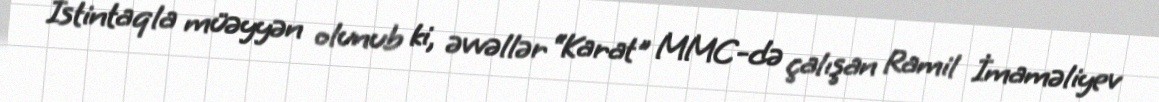
İstintaqla müəyyən olunub ki, əvvəllər “Karat" MMC-də çalışan Ramil İmaməliyev